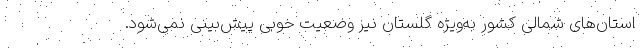
استان‌های شمالی کشور به‌ویژه گلستان نیز وضعیت خوبی پیش‌بینی نمی‌شود.